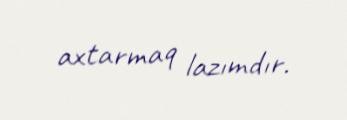
axtarmaq lazımdır.